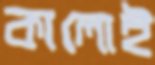
কালোই